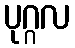
ပုဂ္ဂလ